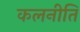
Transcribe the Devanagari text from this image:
कलनीति